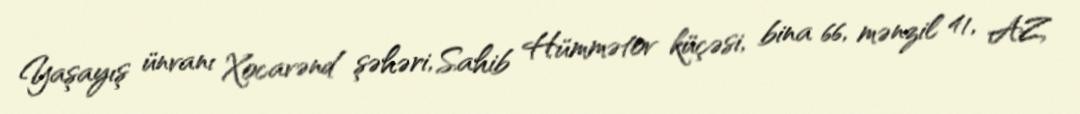
Yaşayış ünvanı Xocavənd şəhəri, Sahib Hümmətov küçəsi, bina 66, mənzil 41, AZ